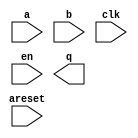

module fpmult64 (
	a,
	areset,
	b,
	clk,
	en,
	q);	

	input	[63:0]	a;
	input		areset;
	input	[63:0]	b;
	input		clk;
	input	[0:0]	en;
	output	[63:0]	q;
endmodule